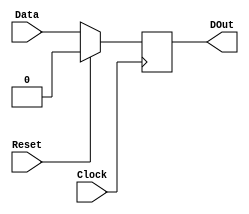
`timescale 1ns / 1ps
//////////////////////////////////////////////////////////////////////////////////
// Company: 
// Engineer: 
// 
// Design Name: 
// Module Name:    Delay 
// Project Name: 
// Target Devices: 
// Tool versions: 
// Description: 
//
// Dependencies: 
//
// Revision: 
// Revision 0.01 - File Created
// Additional Comments: 
//
//////////////////////////////////////////////////////////////////////////////////
module Delay(Clock, Reset, Data, DOut);
   parameter width = 1;
	 
	input Clock;
   input Reset;
	input[width-1:0] Data;
	
	output[width-1:0] DOut;
	
	reg [width-1:0] DOut;
	
	always@(posedge Clock) begin
		if(Reset)
			DOut <= {width{1'b0}};
		else
			DOut <= Data;
	
	end
	
endmodule